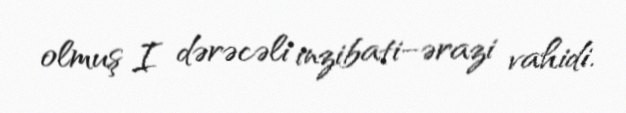
olmuş I dərəcəli inzibati–ərazi vahidi.